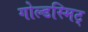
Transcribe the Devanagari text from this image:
गोल्डस्मिट्